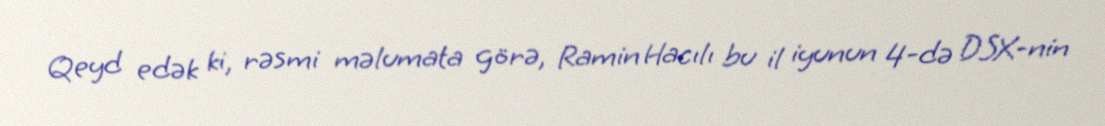
Qeyd edək ki, rəsmi məlumata görə, Ramin Hacılı bu il iyunun 4-də DSX-nin